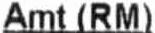
AMT (RM)